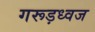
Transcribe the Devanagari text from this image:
गरूड़ध्वज